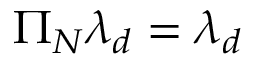
\Pi _ { N } \lambda _ { d } = \lambda _ { d }